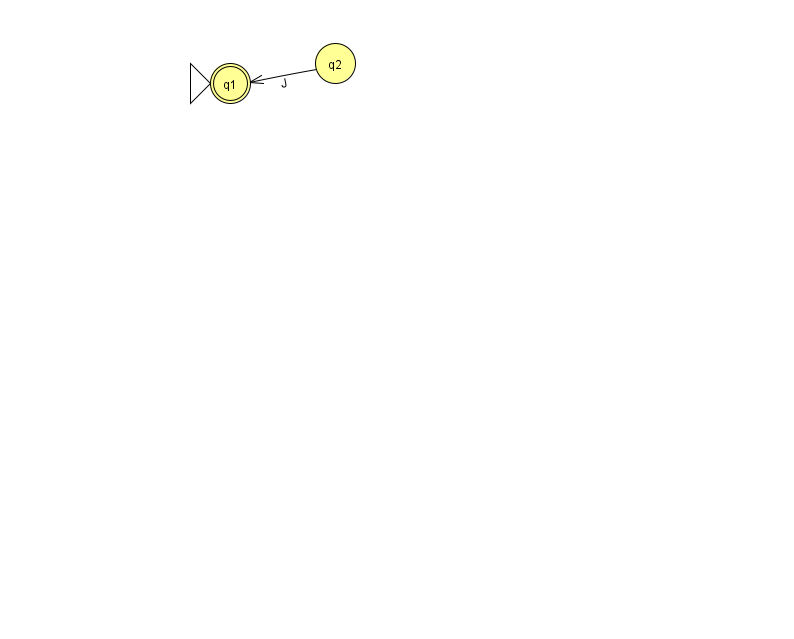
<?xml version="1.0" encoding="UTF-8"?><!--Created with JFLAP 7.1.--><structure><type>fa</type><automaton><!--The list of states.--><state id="1" name="q1"><x>230.0</x><y>70.0</y><initial/><final/></state><state id="2" name="q2"><x>335.0</x><y>50.0</y></state><!--The list of transitions.--><transition><from>2</from><to>1</to><read>J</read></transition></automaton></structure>